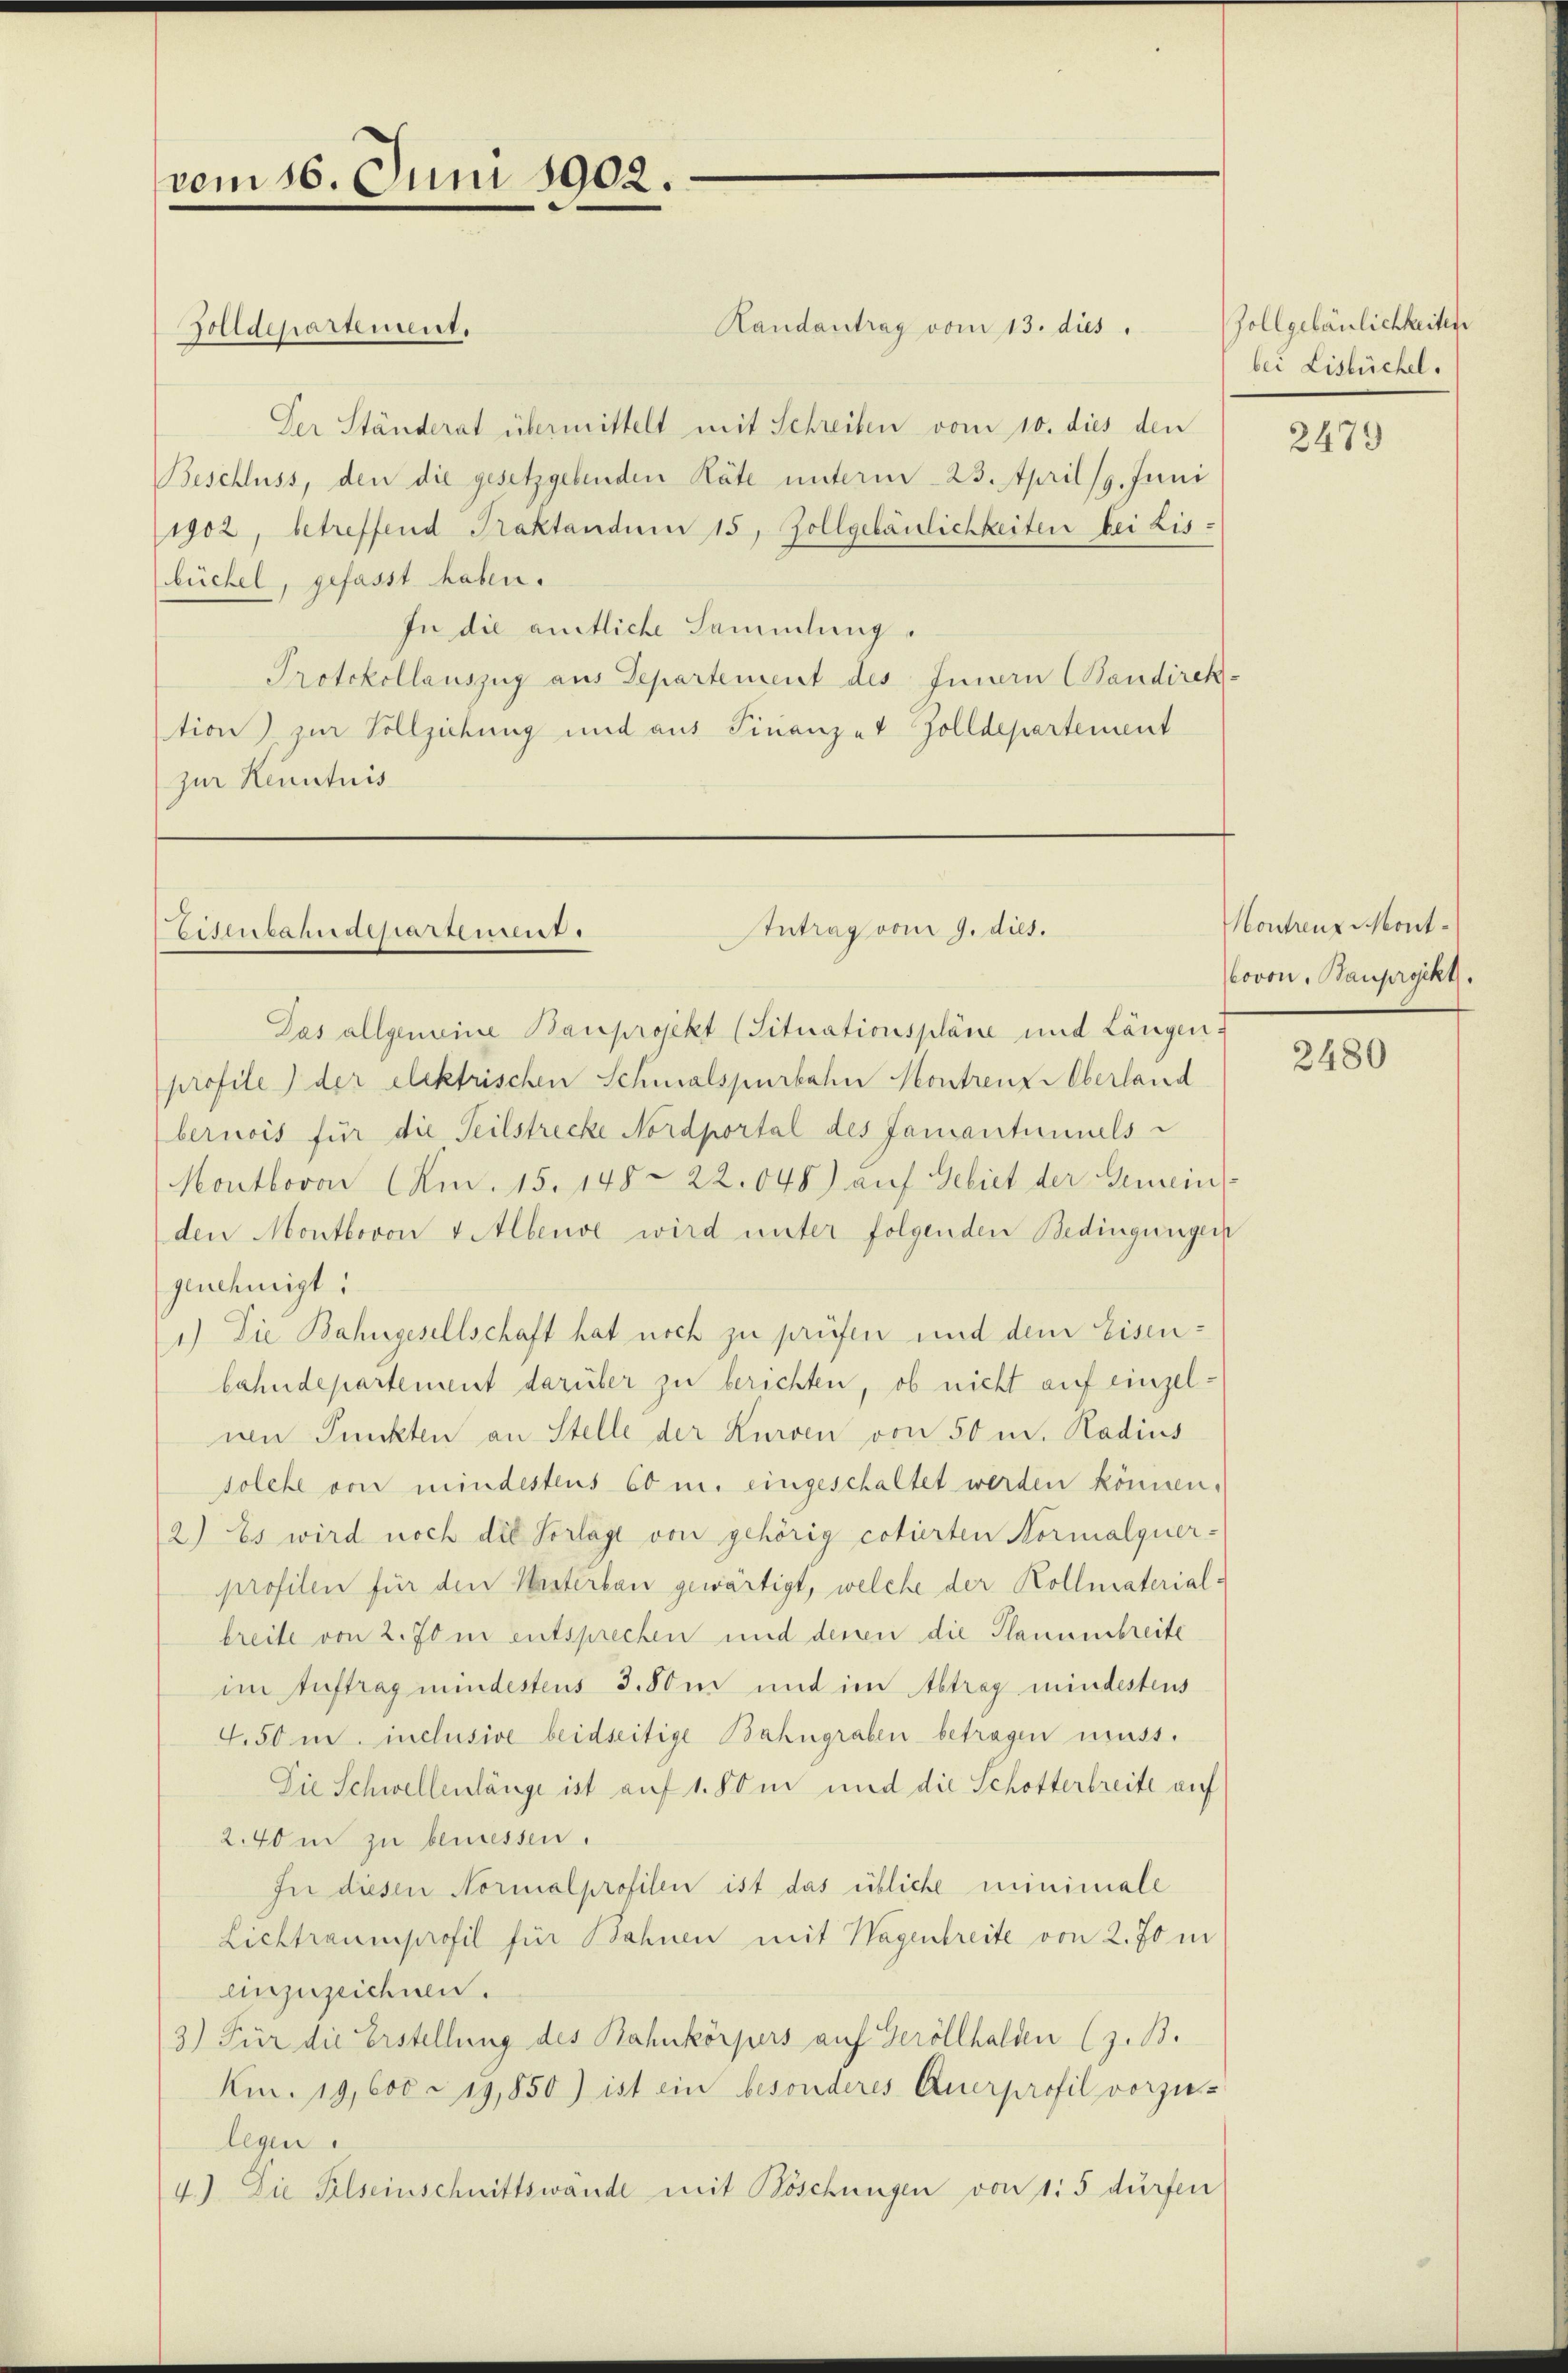
vom 16. Juni 1902.

Solldepartement.

Intrag vom 9. dies.
Eisenbahndepartement.

Randantrag vom 13. dies
Der Ständerat übermittelt mit Schreiben vom 10. dies den
Beschluss, den die gesetzgebenden Räte unterm 23. April 19. Juni
1902, betreffend Praktandum 15, Zollgebäulichkeiten bei Lis-
büchel, gefasst haben.
In die amtliche Sammlung.
Protokollauszug aus Departement des Innern Candirek-
tion) zur Vollziehung und aus Finanzer Zolldepartement
zur Kenntnis

Das allgemeine Bauprojekt (Situationspläne und Längen,
profile) der elektrischen Schmalspurbahn Montrenz-Oberland
bernois für die Teilstrecke Nordportal des Jamantinuels
Montbovon Am. 15. 148. 22. 048) auf Gebiet der Gemein-
den Montbovon 4 Alberve wird unter folgenden Bedingungen
genehmigt:
1.) Die Bahngesellschaft hat noch zu prüfen und dem Eisenbahndepartement darüber zu berichten, ob nicht auf einzelnen Punkten an Stelle der Kurven von 50 m. Radius
solche von mindestens 60 m. eingeschaltet werden können.
2) Es wird noch die Sorlage von gehörig cotierten Normalquer-
profilen für den Unterbau gewärtigt, welche der Kollmaterial-
breite von 2. 70 in entsprechen und denen die Plaumenbreite
im Auftrag mindestens 3.80m und im Abtrag mindestens
4.50 m. inclusive beidseitige Bahngraben betragen muss.
Die Schwellenlänge ist auf 1. So in und die Schotterbreite auf
2.40 m zu bemessen.
In diesen Normalprofilen ist das übliche minimale
Lichtraumprofil für Bahnen mit Wagenbreite von 2. 70 in
einzuzeichnen.
3.) Für die Erstellung des Rahnkörpers auf Geröllhalden (z. B.
Km. 19, 600 - 19,850) ist ein besonderes Querprofil vorzu-
legen
4.) Die Felseinschnittswände mit Böschungen von 1:5 dürfen

Zollgebäulichkeiten
bei Lislüchel.

2479

Kontreuz Mont
bovon, Bauprojekt.

2480